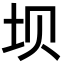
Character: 坝